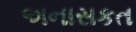
અનાસકત